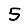
Digit: 5